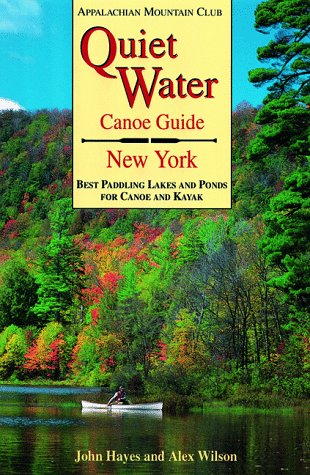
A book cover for Quiet Water Canoe Guide: New York; John Hayes; Travel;